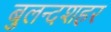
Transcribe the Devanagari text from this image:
बुलन्‍दशहर